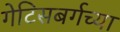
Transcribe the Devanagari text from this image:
गेटिसबर्गच्या